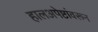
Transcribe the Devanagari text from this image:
हालअपेष्टांवरून